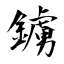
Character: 鐪